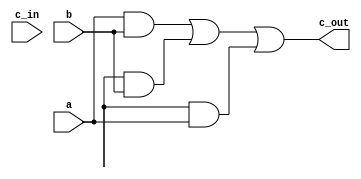
`timescale 1ns / 1ps
//////////////////////////////////////////////////////////////////////////////////
// Company: 
// Engineer: 
// 
// Design Name: 
// Module Name:    carry 
// Project Name: 
// Target Devices: 
// Tool versions: 
// Description: 
//
// Dependencies: 
//
// Revision: 
// Revision 0.01 - File Created
// Additional Comments: 
//
//////////////////////////////////////////////////////////////////////////////////
module carry(
    input a,
    input b,
    input c_in,
    output c_out
    );
wire t2,t3,t4;
and g3(t2,a,b);
and g4(t3,c,b);
and g5(t4,c,a);
or g6(c_out,t2,t3,t4);

endmodule